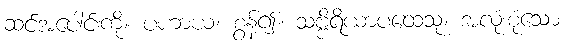
ဆင်အပေါင်းကို။ ပဟာယ၊ စွန့်၍။ သဗ္ဗိရိယာပထေသု၊ အလုံးစုံသော